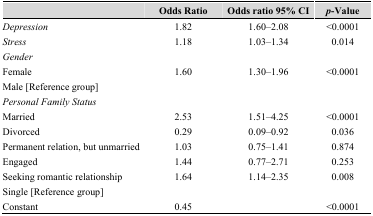
<table><thead><tr><td></td><td><b>Odds Ratio</b></td><td><b>Odds ratio 95% CI</b></td><td><b><i>p</i>-Value</b></td></tr></thead><tbody><tr><td><i>Depression</i></td><td>1.82</td><td>1.60–2.08</td><td>&lt;0.0001</td></tr><tr><td><i>Stress</i></td><td>1.18</td><td>1.03–1.34</td><td>0.014</td></tr><tr><td><i>Gender</i></td><td></td><td></td><td></td></tr><tr><td>Female</td><td>1.60</td><td>1.30–1.96</td><td>&lt;0.0001</td></tr><tr><td>Male [Reference group]</td><td></td><td></td><td></td></tr><tr><td><i>Personal Family Status</i></td><td></td><td></td><td></td></tr><tr><td>Married</td><td>2.53</td><td>1.51–4.25</td><td>&lt;0.0001</td></tr><tr><td>Divorced</td><td>0.29</td><td>0.09–0.92</td><td>0.036</td></tr><tr><td>Permanent relation, but unmarried</td><td>1.03</td><td>0.75–1.41</td><td>0.874</td></tr><tr><td>Engaged</td><td>1.44</td><td>0.77–2.71</td><td>0.253</td></tr><tr><td>Seeking romantic relationship</td><td>1.64</td><td>1.14–2.35</td><td>0.008</td></tr><tr><td>Single [Reference group]</td><td></td><td></td><td></td></tr><tr><td>Constant</td><td>0.45</td><td></td><td>&lt;0.0001</td></tr></tbody></table>